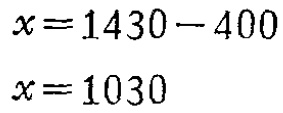
\[

\begin{align*}

x&=1430 - 400\\

x&=1030

\end{align*}

\]